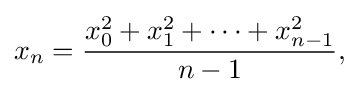
x_{n}={\frac {x_{0}^{2}+x_{1}^{2}+\cdots +x_{n-1}^{2}}{n-1}},\!